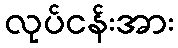
လုပ်ငန်းအား